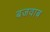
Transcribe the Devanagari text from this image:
बजवाब